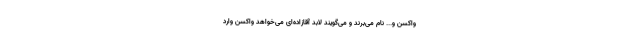
واکسن و... نام می‌برند و می‌گویند لابد آقازاده‌ای می‌خواهد واکسن وارد